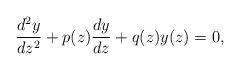
LaTeX: \begin{align*}\frac{d^{2}y}{dz^{2}}+p(z)\frac{dy}{dz}+q(z)y(z)=0,\end{align*}